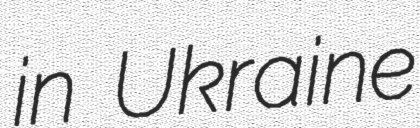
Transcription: in Ukraine